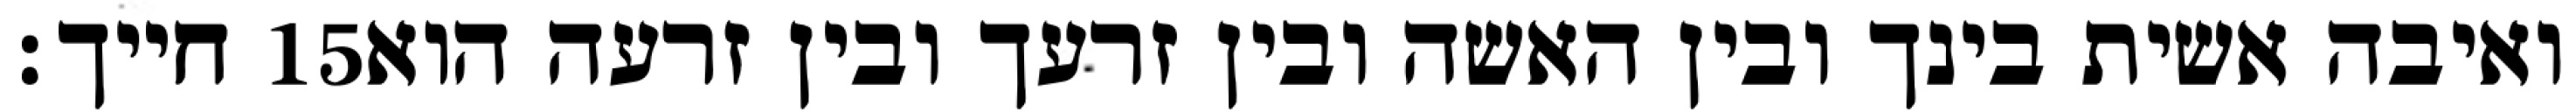
חייך׃ ‎15‏ ואיבה אשית בינך ובין האשה ובין זרעך ובין זרעה הוא